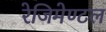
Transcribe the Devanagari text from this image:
रेजिमेण्टल